Civil Veterinary Department Bihar reports 1940-50 - 1940-1950
Year: 1940
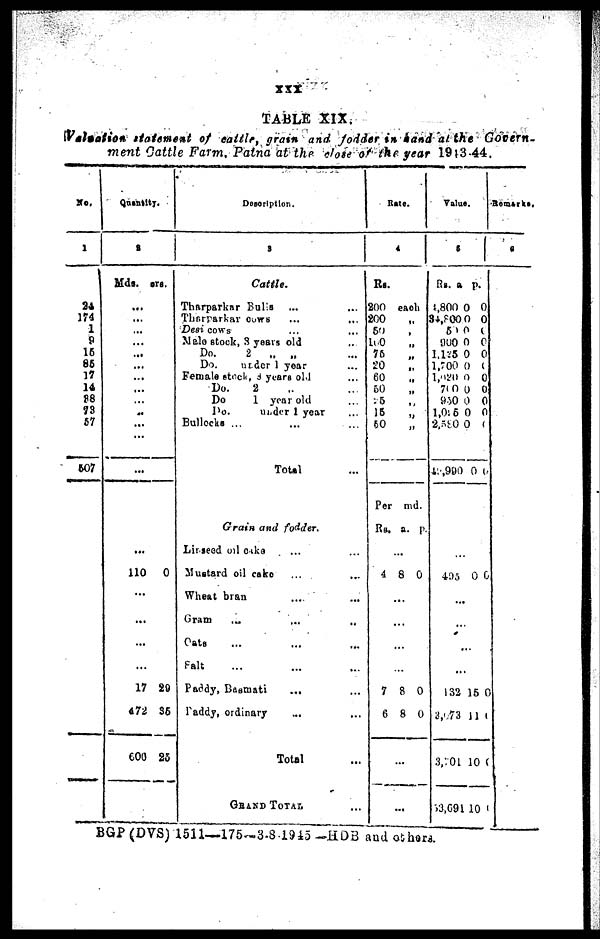
XXX
TABLE XIX.
Valuation statement of cattle, grass and fodder in hand at the Govern-
ment Cattle Farm, Patna at the dose of the year 1943-44.
No.
1
24
174
1
9
16
86
17
14
88
73
57
607
Quantity.
2
Mds. srs.
...
...
...
...
...
...
...
...
...
...
...
...
... ...
110 0
...
...
...
...
17 20
672 35
600 25
Description.
3
Cattle.
Tharparkar Bulls ... ...
Thsrparkar cows ... ...
Desi cows ... ...
Male stock, 3 years old
Do.
2 „ „
Do.
under 1 year
Female stock, 3 years old ...
Do.
2
Do
1 year old ...
Do.
under 1 year ...
Bullocks ... ... ...
Total ...
Grain and fodder.
Linseed oil caka ... ...
Mustard oil cake ... ...
Wheat bran ... ...
Gram ... ... ...
Oats ... ... ...
Salt ... ... ...
Paddy, Basmati ... ...
Paddy, ordinary ... ...
Total ...
GRAND TOTAL ...
Ra
te.
4
Rs.
200
200
50
100
75
20
60
50
75
15
60
Per
Rs.
4
...
7
6
...
each
„
md
a.
...
8
...
...
...
8
8
...
.
p.
0
0
0
Value.
5
Rs.
4,800
34,800
50
900
1,125
1,700
1,020
700
950
l,095
2,580
49,990
...
495
.
.
.
132
3,073
3,701
53,694
a.
0
0
0
0
0
0
0
0
0
0
0
0
..
..
...
..
15
11
10
10
p.
0
0
0
0
0
0
0
0
0
0
0
0 0
0
0
0
0
0
Remarks.
6
BGP (DVS) 1511—175—3-8 1945—HDB and others.